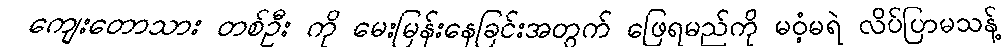
ကျေးတောသား တစ်ဦး ကို မေးမြန်းနေခြင်းအတွက် ဖြေရမည်ကို မဝံ့မရဲ လိပ်ပြာမသန့်